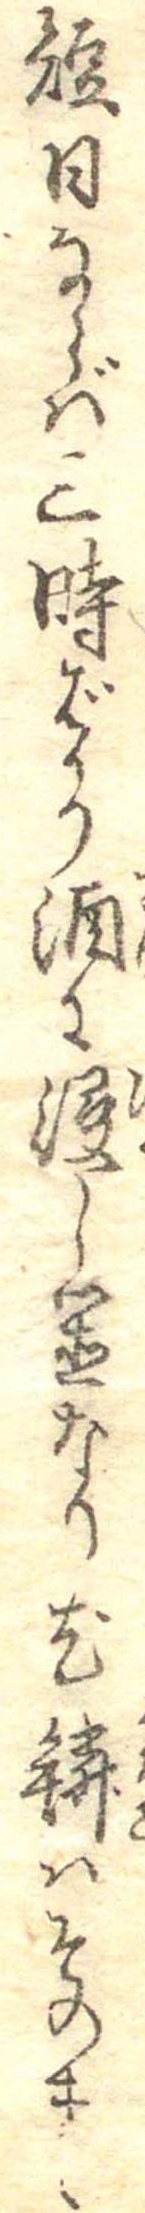
短日ならば三時ばかり酒に浸し置なり尤鱗はそのまゝ